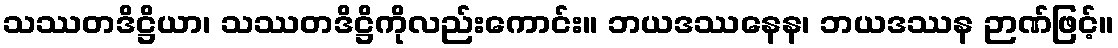
သဿတဒိဋ္ဌိယာ၊ သဿတဒိဋ္ဌိကိုလည်းကောင်း။ ဘယဒဿနေန၊ ဘယဒဿန ဉာဏ်ဖြင့်။